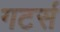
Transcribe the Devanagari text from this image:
गटर्स